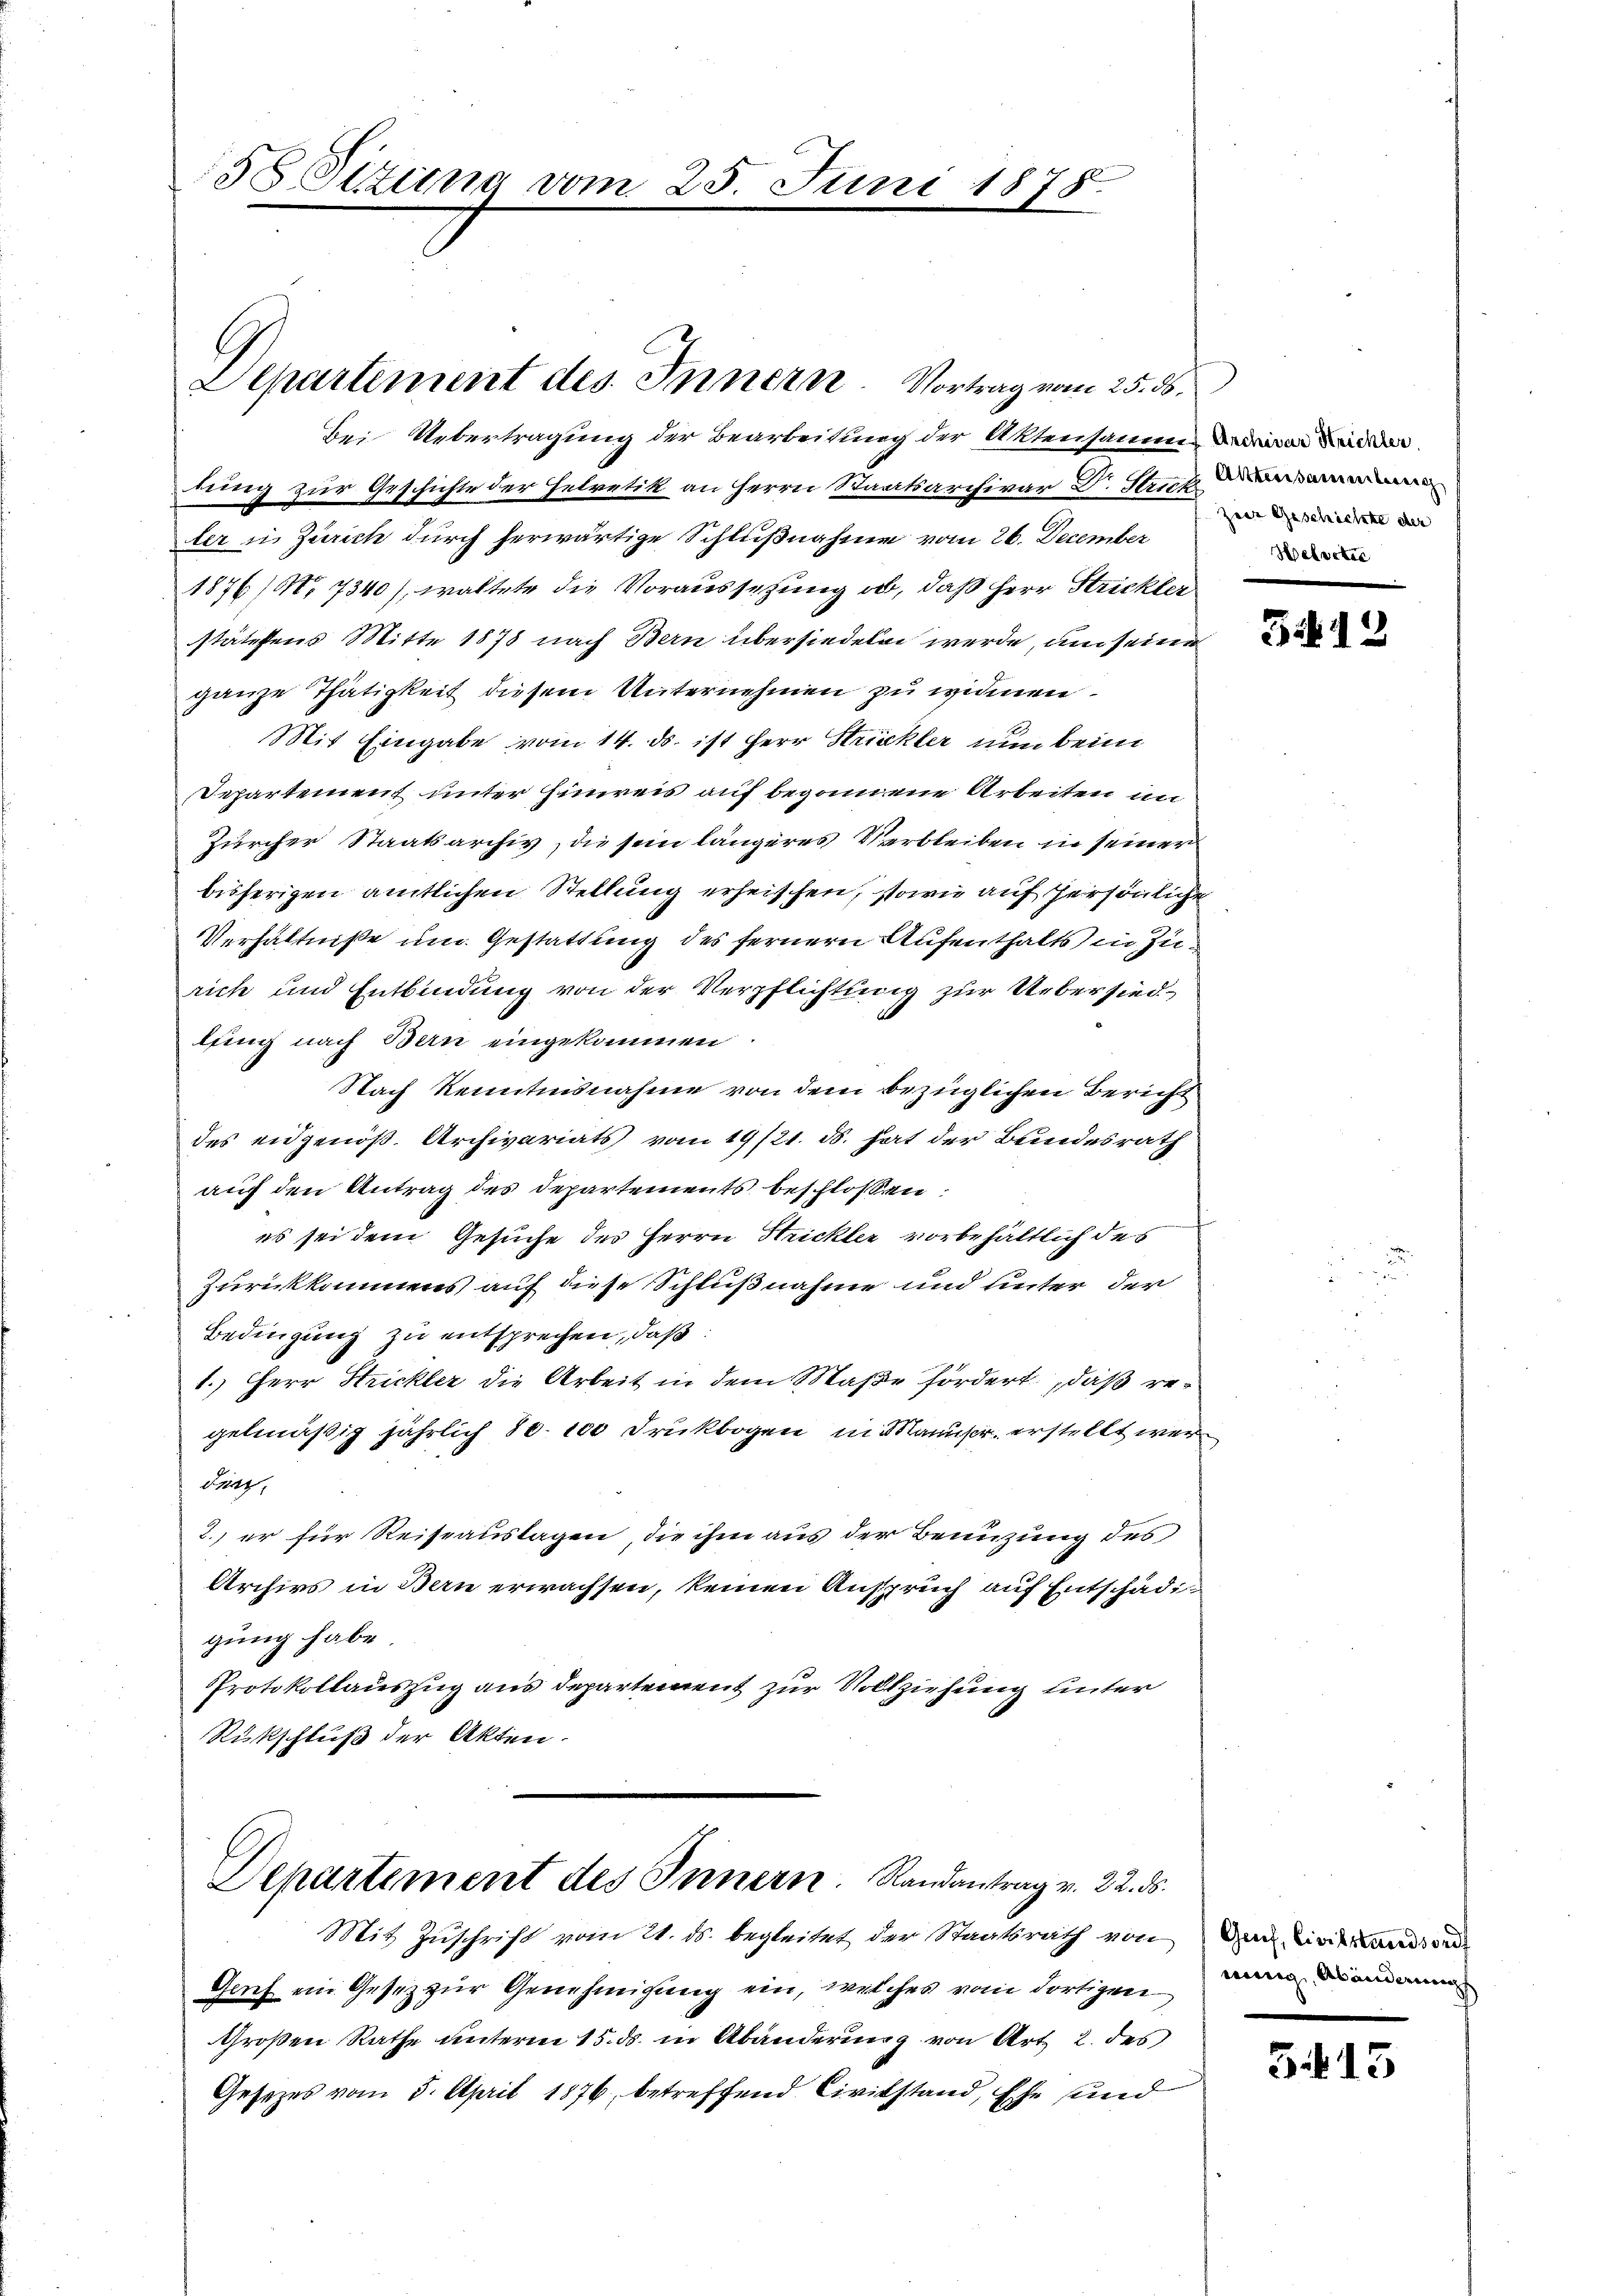
58 Sitzung vom 25. Juni 1878.

dung zur Geschichte der Helvetik an Herrn Staatsarchivar Dr. Sept
ler in Zürich durch herwärtige Schlußnahme vom 26. December
1876/7340), waltete die Voraussetzung ob, daß Herr Stricklei
stätestens Mitte 1878 nach Bern übersiedeten werde, um seine
ganze Thätigkeit diesem Unternehmen zu widmen.
Mit Eingabe vom 14. ds. ist Herr Strickler nun beim
Separtement unter Hinweis auf begonnene Arbeiten in
Zürcher Staatsarchiv, die sein längeres Verbleiben in seiner
bisherigen amtlichen Stellung erheissen, sowie auf persönliche
Verhältniße um Gestattung des fernern Aufenthalts in Zurich und Entbindung von der Verpflichtung zur Uebersiedlfing nach Bern eingekommen
Nach kenntnisnahme von dem bezüglichen Bericht
des eidgenöß. Archivariats vom 19/21. d. hat der Bundesrath
auf den Antrag des Departements beschloßen:
es sei dem Gesuche des Herrn Strickler vorbehältlich des
Zurückkommens auf diese Schlußnahme und unter der
Bedingung zu entsprechen, daß:
1.) Herr Strickler die Arbeit in dem Maße fördert, daß regelmäßig jährlich 80. 100 Drukbogen in danus erstellt wer¬
Sig,
2., er für Reiseauslagen, die ihm aus der Benüzung des
Archivs in Bern erwachsen, keinen Anspruch auf Entschädigung habe.
Protokollauszug aus Departement zur Vollziehung unter
Rückschluß der Akten.

Departement des Innern. Vortrag vom 25. ds.
Bei Uebertragung der Bearbeitung der Aktensammen Land

Departement des Innern. Randantrag v. 22. ds.

Mit Zuschrift vom 24. ds. begleitet der Staatsrath von
Grief ein Gesez zur Genehmigung ein, welches vom dortigen
Großen Rathe unterm 15. ds. in Abänderung von Art 2. des
Gesetzes vom 5. April 1876, betreffend Civilstand, Ehe und

zer Geschichte der
Helveter

3412

Grf, Civilstandion
ning, Abänderung

5413